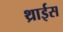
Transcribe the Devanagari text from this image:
थ्राईस